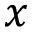
x